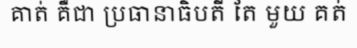
គាត់ គឺជា ប្រធានាធិបតី តែ មួយ គត់